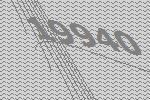
19940